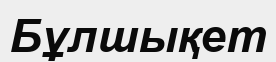
Бұлшықет